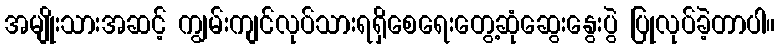
အမျိုးသားအဆင့် ကျွမ်းကျင်လုပ်သားရရှိစေရေးတွေ့ဆုံဆွေးနွေးပွဲ ပြုလုပ်ခဲ့တာပါ။